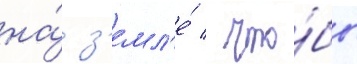
на́ з'емл'е́ / что́бы